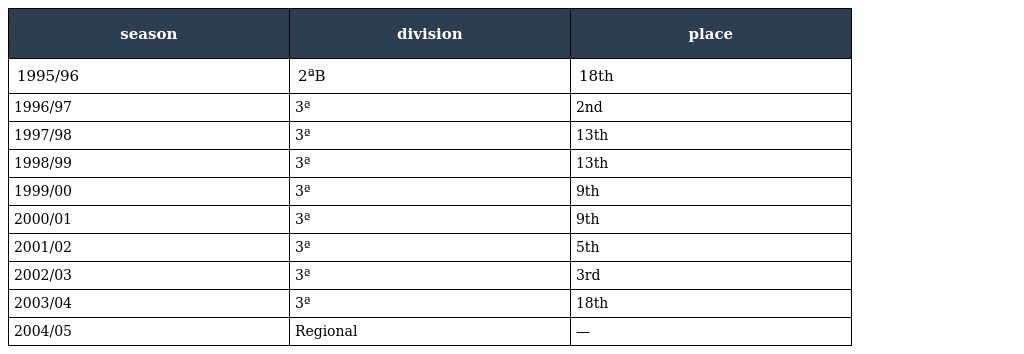
| season | division | place |
 | --- | --- | --- |
 | 1995/96 | 2ªB | 18th |
 | 1996/97 | 3ª | 2nd |
 | 1997/98 | 3ª | 13th |
 | 1998/99 | 3ª | 13th |
 | 1999/00 | 3ª | 9th |
 | 2000/01 | 3ª | 9th |
 | 2001/02 | 3ª | 5th |
 | 2002/03 | 3ª | 3rd |
 | 2003/04 | 3ª | 18th |
 | 2004/05 | Regional | — |